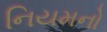
નિયમનો